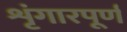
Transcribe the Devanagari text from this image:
शृंगारपूर्ण